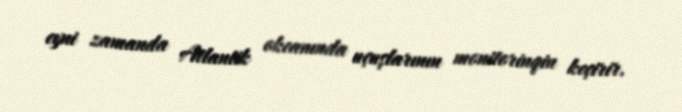
eyni zamanda Atlantik okeanında uçuşlarının monitorinqin keçirir.